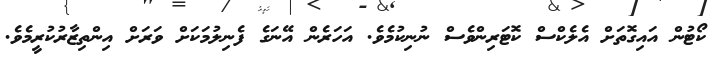
ކޯޓުން އައިގޮތަށް އެލެކްސް ކޮޓަރިންވެސް ނުނިކުމެވެ. އަހަރެން އޭނަގެ ފެނިލުމަކަށް ވަރަށް އިންތިޒާރުކުރީމެވެ.